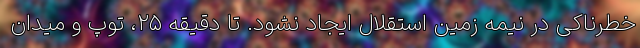
خطرناکی در نیمه زمین استقلال ایجاد نشود. تا دقیقه ۲۵، توپ و میدان